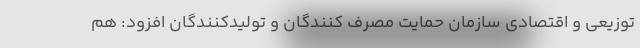
توزیعی و اقتصادی سازمان حمایت مصرف کنندگان و تولیدکنندگان افزود: هم